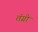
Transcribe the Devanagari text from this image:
तंग्री